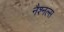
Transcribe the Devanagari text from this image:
नैश्नल्स